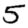
Digit: 5